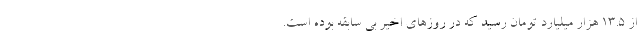
از 13.5 هزار میلیارد تومان رسید که در روزهای اخیر بی سابقه بوده است.